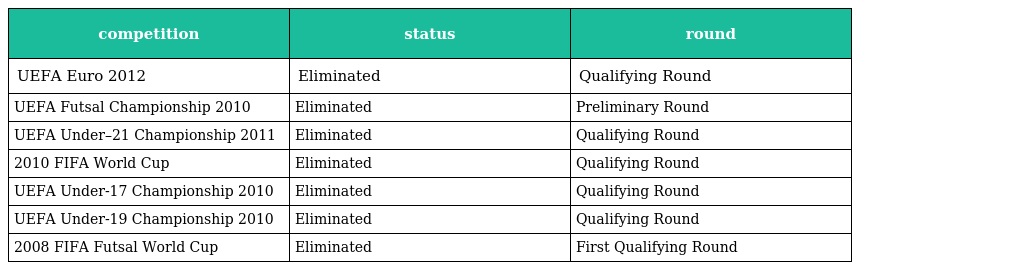
| competition | status | round |
 | --- | --- | --- |
 | UEFA Euro 2012 | Eliminated | Qualifying Round |
 | UEFA Futsal Championship 2010 | Eliminated | Preliminary Round |
 | UEFA Under–21 Championship 2011 | Eliminated | Qualifying Round |
 | 2010 FIFA World Cup | Eliminated | Qualifying Round |
 | UEFA Under-17 Championship 2010 | Eliminated | Qualifying Round |
 | UEFA Under-19 Championship 2010 | Eliminated | Qualifying Round |
 | 2008 FIFA Futsal World Cup | Eliminated | First Qualifying Round |